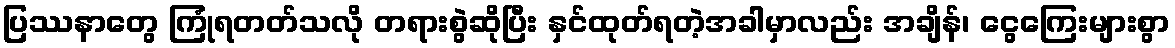
ပြဿနာတွေ ကြုံရတတ်သလို တရားစွဲဆိုပြီး နှင်ထုတ်ရတဲ့အခါမှာလည်း အချိန်၊ ငွေကြေးများစွာ